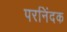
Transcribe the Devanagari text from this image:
परनिंदक